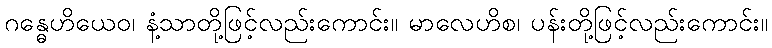
ဂန္ဓေဟိယေဝ၊ နံ့သာတို့ဖြင့်လည်းကောင်း။ မာလေဟိစ၊ ပန်းတို့ဖြင့်လည်းကောင်း။